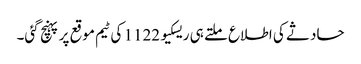
حادثے کی اطلاع ملتے ہی ریسکیو 1122 کی ٹیم موقع پر پہنچ گئی۔